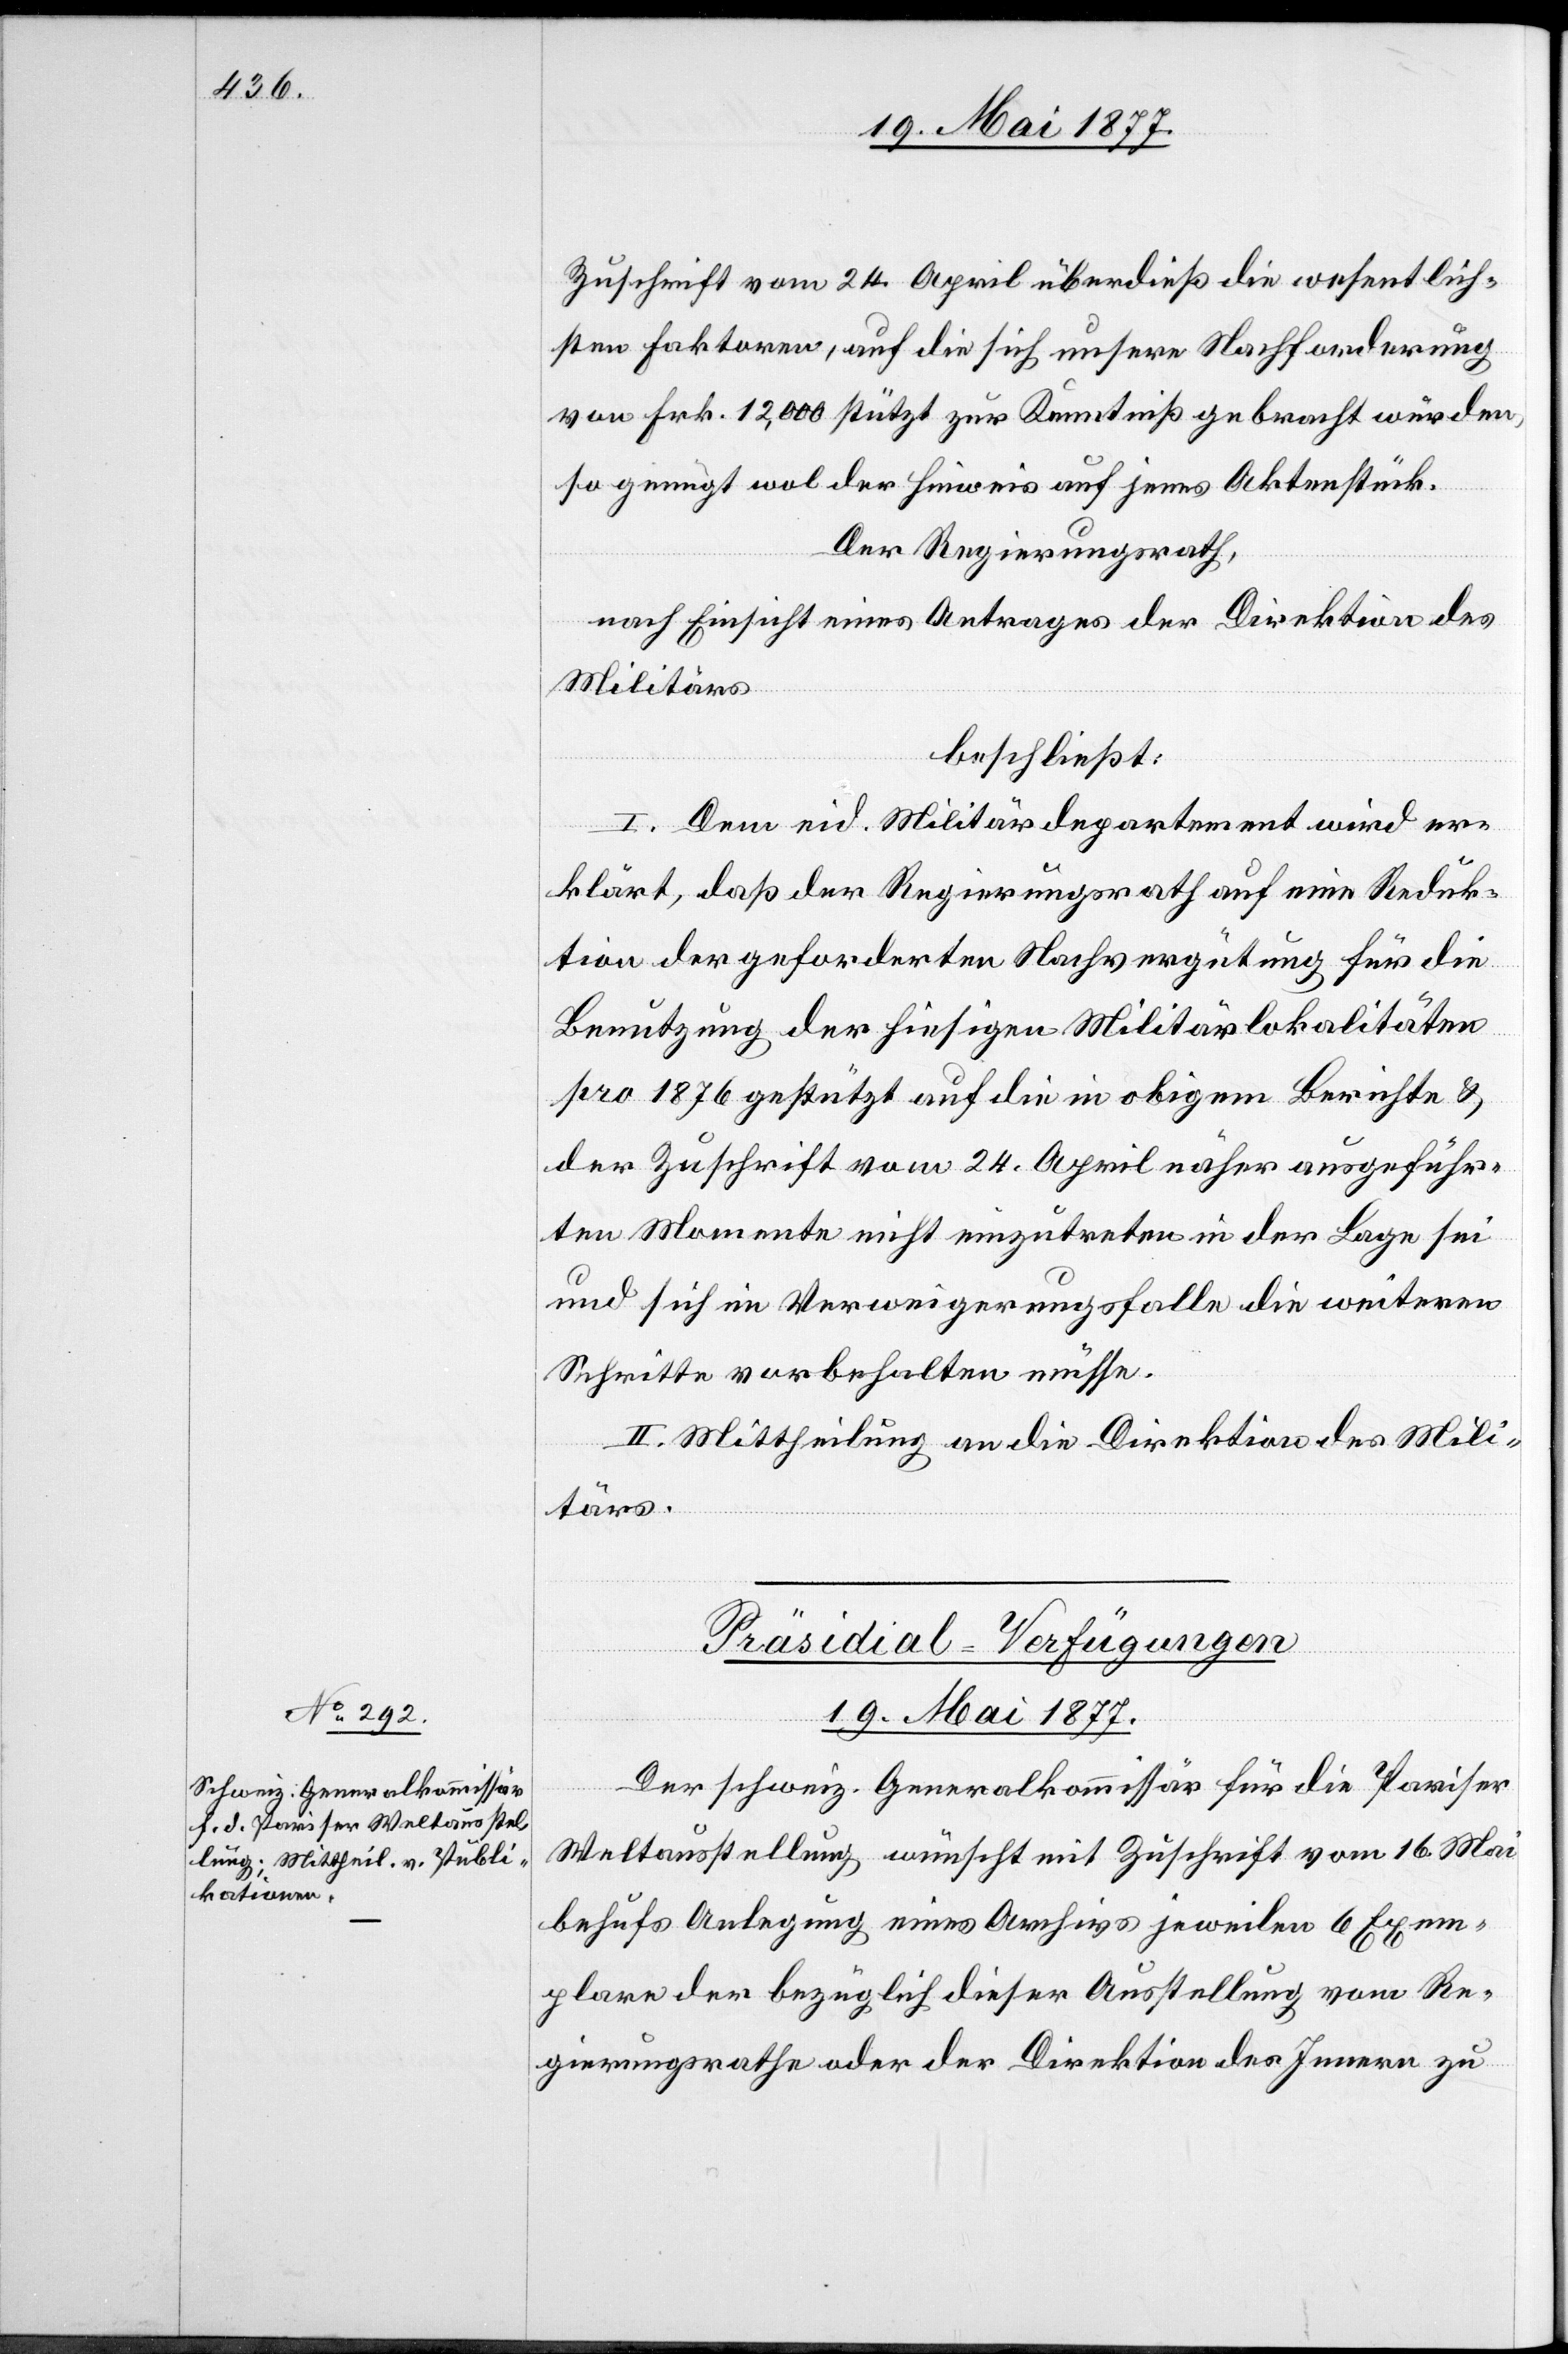
Zuschrift vom 24. April überdieß die wesentlich¬
en Faktoren, auf die sich unsere Nachforderung
von Frk. 12,000 stützt zur Kenntniß gebracht wurden,
so genügt wol der Hinweis auf jenes Aktenstück.
Der Regierungsrath,
nach Einsicht eines Antrages der Direktion des
Militärs,
beschließt:
I. Dem eid. Militärdepartement wird er¬
klärt, daß der Regierungsrath auf eine Reduk¬
tion der geforderten Nachvergütung für die
Benutzung der hiesigen Militärlokalitäten
pro 1876 gestützt auf die in obigem Berichte &
der Zuschrift vom 24. April näher ausgeführ¬
ten Momente nicht einzutreten in der Lage sei
und sich im Verweigerungsfalle die weiteren
Schritte vorbehalten müsse.
II. Mittheilung an die Direktion des Mili¬
tärs.
Präsidial-Verfügungen
19. Mai 1877.
Der schweiz. Generalkommissär für die Pariser
Weltausstellung wünscht mit Zuschrift vom 16. Mai
behufs Anlegung eines Archivs jeweilen 6 Exem¬
plare der bezüglich dieser Ausstellung vom Re¬
gierungsrathe oder der Direktion des Innern zu